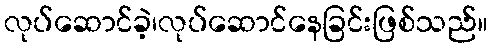
လုပ်ဆောင်ခဲ့၊လုပ်ဆောင်နေခြင်းဖြစ်သည်။